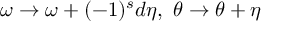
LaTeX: \omega \rightarrow \omega + ( - 1 ) ^ { s } d \eta , \ \theta \rightarrow \theta + \eta